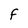
Character: F